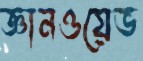
জ্ঞানওয়েভ